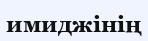
имиджінің